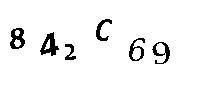
842C69